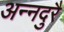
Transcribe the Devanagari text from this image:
अन्नदुरै